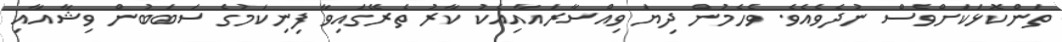
ތަންކޮޅަކަށްވެސް ނުދެވެއެވެ. ވެހެމުން ދިޔަ ވިއްސާރައާއިއެކު ކާރު ތެރޭގައިވާ ފިނިކަމުގެ ސަބަބުން ވިޝާއާއި